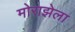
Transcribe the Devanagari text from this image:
मोराझेला